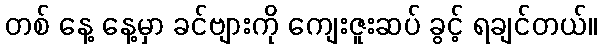
တစ် နေ့ နေ့မှာ ခင်ဗျားကို ကျေးဇူးဆပ် ခွင့် ရချင်တယ်။